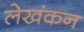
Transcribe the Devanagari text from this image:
लेखंकन